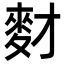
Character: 䴭